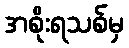
အစိုးရသစ်မှ